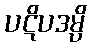
ပဋိပဒမ္ပိ